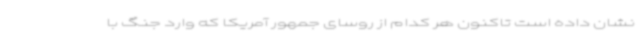
نشان داده است تاکنون هر کدام از روسای جمهور آمریکا که وارد جنگ با